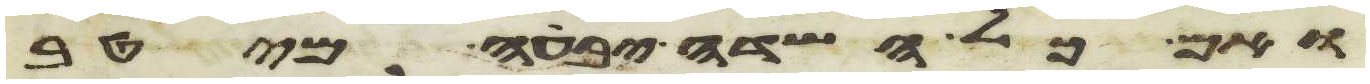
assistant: ואם כל השדה יבעה מיטב